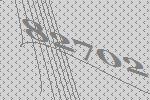
82702